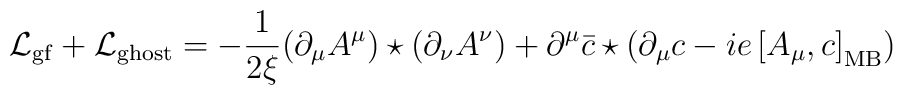
{\cal L}_{\rm gf} + {\cal L}_{\rm ghost} = -\frac{1}{2\xi}(\partial_{\mu}A^{\mu})\star (\partial_{\nu}A^{\nu}) +\partial^{\mu}\bar{c}\star (\partial_{\mu}c -ie\left[A_{\mu},c\right]_{\rm MB})